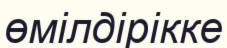
өмілдірікке